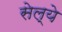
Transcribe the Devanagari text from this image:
सेल्ये